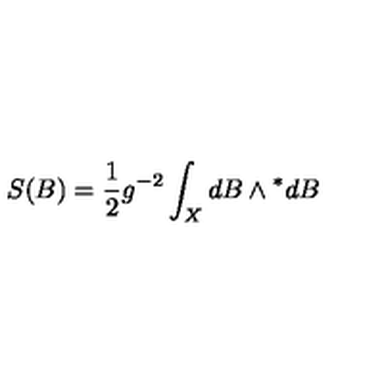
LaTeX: S ( B ) = \frac { 1 } { 2 } g ^ { - 2 } \int _ { X } { } d B \wedge { } ^ { * } d B